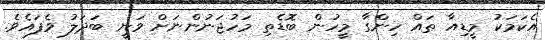
އެކަމަކު މީޑިއާ ތައް ހިންގާ މީހުން ބޮޑެތި މަހުޖަނުންނަށް ވަނީ ބަދަލު ވެފައެވެ.